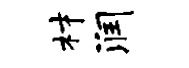
材润